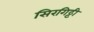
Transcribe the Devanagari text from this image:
सिरगिट्टी